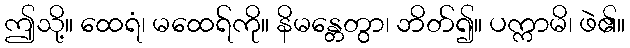
ဤသို့။ ထေရံ၊ မထေရ်ကို။ နိမန္တေတွာ၊ ဘိတ်၍။ ပက္ကာမိ၊ ဖဲ၏။